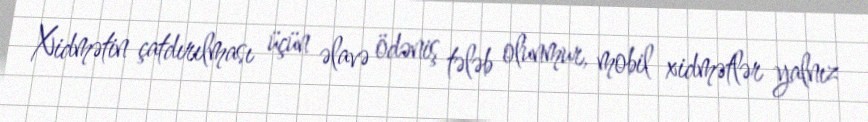
Xidmətin çatdırılması üçün əlavə ödəniş tələb olunmur, mobil xidmətlər yalnız